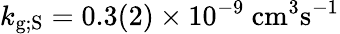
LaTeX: k_{\mathrm{g;S}}=0.3(2)\times 10^{-9}~\mathrm{cm^{3}s^{-1}}